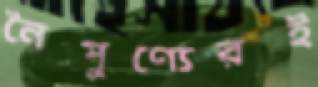
নৈপুণ্যেরই